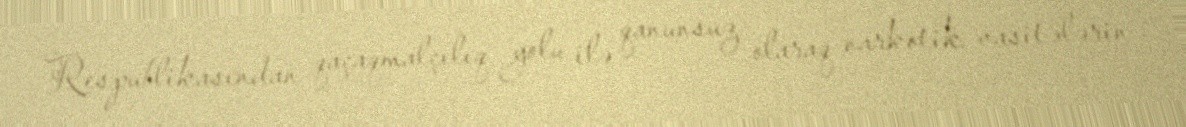
Respublikasından qaçaqmalçılıq yolu ilə qanunsuz olaraq narkotik vasitələrin